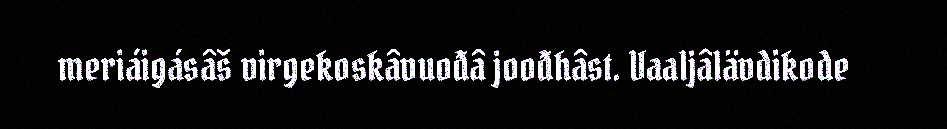
meriáigásâš virgekoskâvuođâ joođhâst. Vaaljâlävdikode